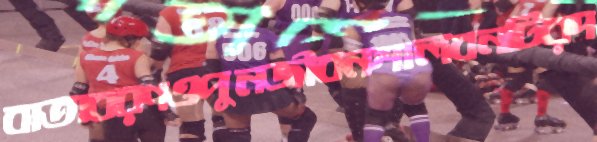
বাতাবরণওপুনজীবনশালবনটিরদ